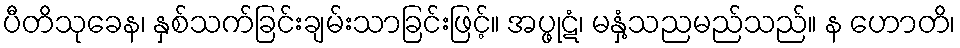
ပီတိသုခေန၊ နှစ်သက်ခြင်းချမ်းသာခြင်းဖြင့်။ အပ္ဖုဋံ၊ မနှံ့သညမည်သည်။ န ဟောတိ၊